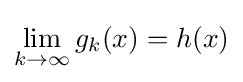
\lim \limits _{k\rightarrow \infty }g_{k}(x)=h(x)